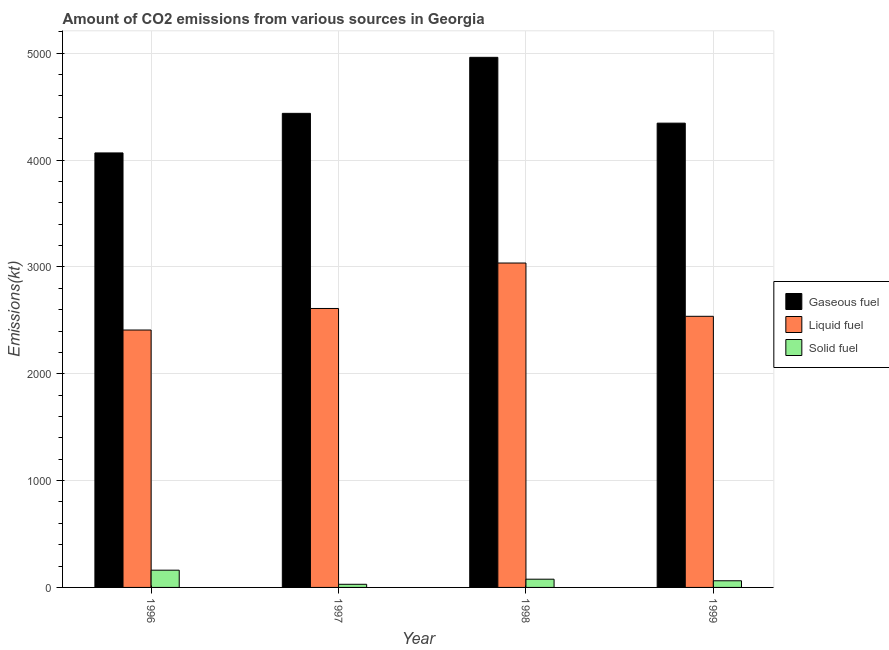
| Year | Gaseous fuel | Liquid fuel | Solid fuel |
 | --- | --- | --- | --- |
 | 1996 | 4.07e+03 | 2.41e+03 | 161 |
 | 1997 | 4.44e+03 | 2.61e+03 | 29.3 |
 | 1998 | 4.96e+03 | 3.04e+03 | 77 |
 | 1999 | 4.35e+03 | 2.54e+03 | 62.3 |